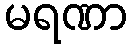
မရဏာ